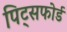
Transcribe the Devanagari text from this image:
पिट्सफोर्ड